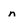
Character: n